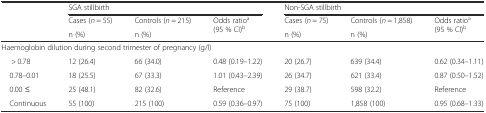
<table><thead><tr><td rowspan="3"></td><td colspan="3"><b>SGA stillbirth</b></td><td colspan="3"><b>Non-SGA stillbirth</b></td></tr><tr><td><b>Cases (<i>n</i> = 55)</b></td><td><b>Controls (<i>n</i> = 215)</b></td><td rowspan="2"><b>Odds ratio<sup>a</sup> (95 % CI)<sup>b</sup></b></td><td><b>Cases (<i>n</i> = 75)</b></td><td><b>Controls (<i>n</i> = 1,858)</b></td><td rowspan="2"><b>Odds ratio<sup>a</sup> (95 % CI)<sup>b</sup></b></td></tr><tr><td><b>n (%)</b></td><td><b>n (%)</b></td><td><b>n (%)</b></td><td><b>n (%)</b></td></tr></thead><tbody><tr><td colspan="7">Haemoglobin dilution during second trimester of pregnancy (g/l)</td></tr><tr><td>&gt; 0.78</td><td>12 (26.4)</td><td>66 (34.0)</td><td>0.48 (0.19–1.22)</td><td>20 (26.7)</td><td>639 (34.4)</td><td>0.62 (0.34–1.11)</td></tr><tr><td> 0.78–0.01</td><td>18 (25.5)</td><td>67 (33.3)</td><td>1.01 (0.43–2.39)</td><td>26 (34.7)</td><td>621 (33.4)</td><td>0.87 (0.50–1.52)</td></tr><tr><td> 0.00 ≤</td><td>25 (48.1)</td><td>82 (32.6)</td><td>Reference</td><td>29 (38.7)</td><td>598 (32.2)</td><td>Reference</td></tr><tr><td> Continuous</td><td>55 (100)</td><td>215 (100)</td><td>0.59 (0.36–0.97)</td><td>75 (100)</td><td>1,858 (100)</td><td>0.95 (0.68–1.33)</td></tr></tbody></table>